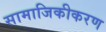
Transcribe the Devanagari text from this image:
सामाजिकीकरण